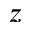
z